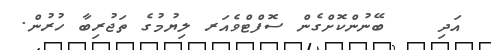
އަދި    ބޭނުންކޮށްގެން ސޮފްޓްވެއަރ ލިޔުމުގެ ތަޖުރިބާ ހުރުން.